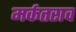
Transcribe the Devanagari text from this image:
मर्कतराव